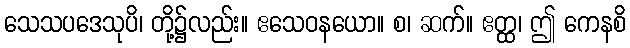
သေသပဒေသုပိ၊ တို့၌လည်း။ ဧသေဝနယော။ စ၊ ဆက်။ ဧတ္ထ၊ ဤ ကေနစိ